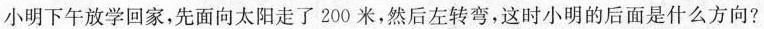
小明下午放学回家，先面向太阳走了200米，然后左转弯，这时小明的后面是什么方向?